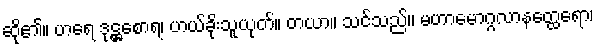
ဆို၏။ ဟရေ ဒုဋ္ဌစောရ၊ ဟယ်ခိုးသူယုတ်။ တယာ။ သင်သည်။ မဟာမောဂ္ဂလာနတ္ထေရော၊